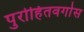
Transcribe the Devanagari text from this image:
पुरोहितवर्गास